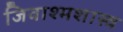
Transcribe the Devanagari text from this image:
जिवाश्मशास्त्र